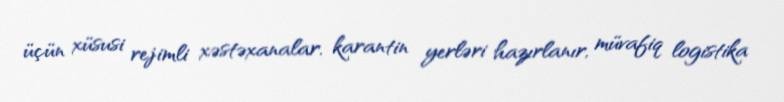
üçün xüsusi rejimli xəstəxanalar, karantin yerləri hazırlanır, müvafiq logistika